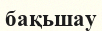
бақьшау